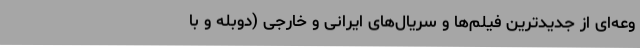
وعه‌ای از جدیدترین فیلم‌ها و سریال‌های ایرانی و خارجی (دوبله و با